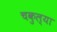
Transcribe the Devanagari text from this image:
चकुल्या